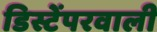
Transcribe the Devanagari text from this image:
डिस्टेंपरवाली